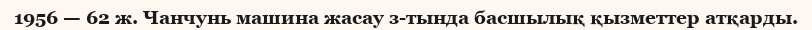
1956 — 62 ж. Чанчунь машина жасау з-тында басшылық қызметтер атқарды.